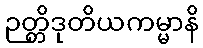
ဉတ္တိဒုတိယကမ္မာနိ